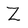
Character: Z